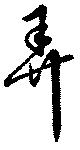
弄